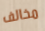
مخالف